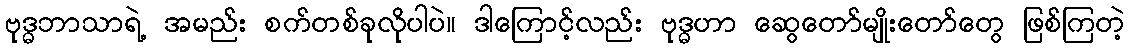
ဗုဒ္ဓဘာသာရဲ့ အမည်း စက်တစ်ခုလိုပါပဲ။ ဒါကြောင့်လည်း ဗုဒ္ဓဟာ ဆွေတော်မျိုးတော်တွေ ဖြစ်ကြတဲ့